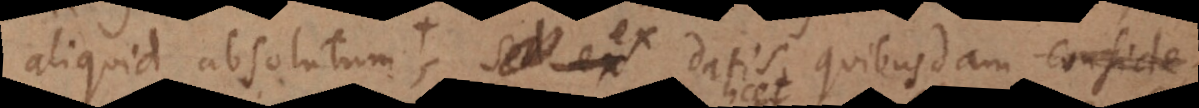
iquid absolutum, ex datis quibusdam notitiis